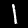
Label: 1